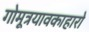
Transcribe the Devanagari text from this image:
गोमूत्रयावकाहारो